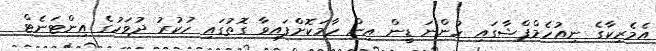
އެމެރިކާގެ ނިއުހެމްޕްޝާގައި ހުންނަ ޑީން އިން ހާމަކޮށްފައިވާ ގޮތުގައި ހުކުރު ދުވަހުގެ އިންޓަނެޓް